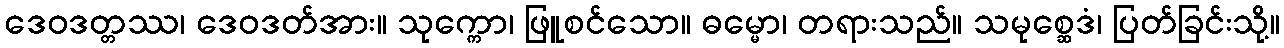
ဒေဝဒတ္တဿ၊ ဒေဝဒတ်အား။ သုက္ကော၊ ဖြူစင်သော။ ဓမ္မော၊ တရားသည်။ သမုစ္ဆေဒံ၊ ပြတ်ခြင်းသို့။